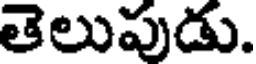
తెలుపుడు.